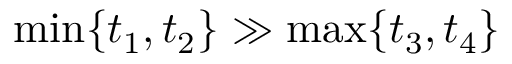
\operatorname* { m i n } \{ t _ { 1 } , t _ { 2 } \} \gg \operatorname* { m a x } \{ t _ { 3 } , t _ { 4 } \}